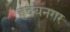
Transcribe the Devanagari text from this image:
हृदयनगर